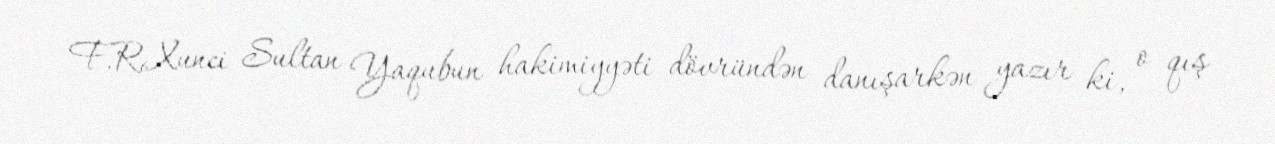
F.R.Xunci Sultan Yaqubun hakimiyyəti dövründən danışarkən yazır ki, o qış